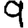
Digit: 9